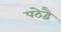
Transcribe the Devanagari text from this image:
पठेद्वै